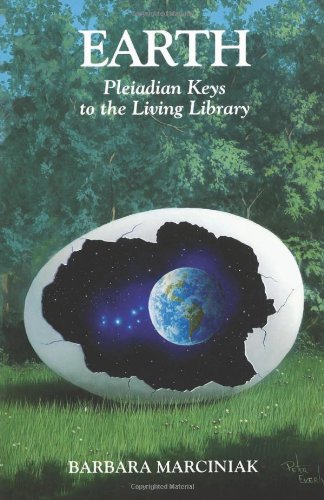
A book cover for Earth: Pleiadian Keys to the Living Library; Barbara Marciniak; Religion & Spirituality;